Indian journal of veterinary science and animal husbandry - Volume 10,
Year: 1940
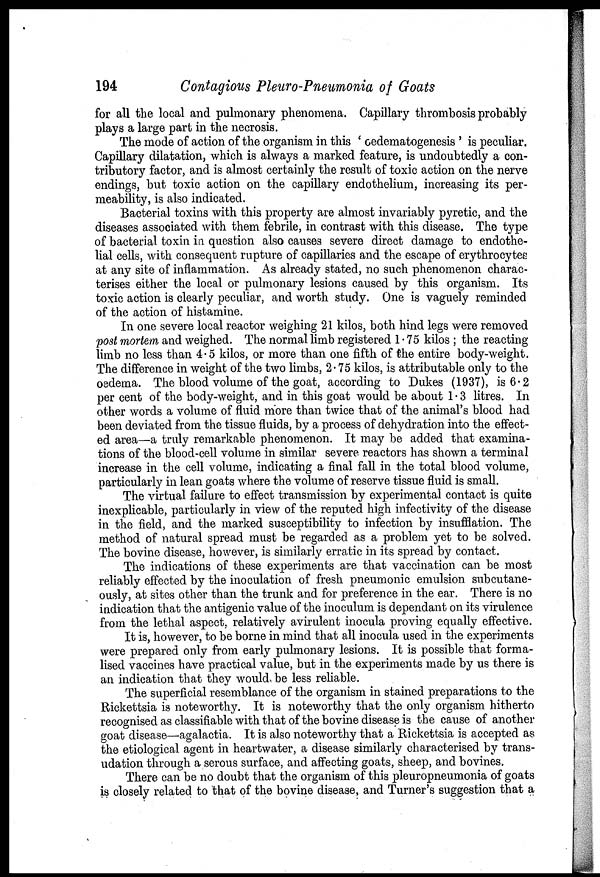
194
Contagious Pleuro-Pneumonia of Goats
for all the local and pulmonary phenomena. Capillary thrombosis probably
plays a large part in the necrosis.
The mode of action of the organism in this ' oedematogenesis ' is peculiar.
Capillary dilatation, which is always a marked feature, is undoubtedly a con-
tributory factor, and is almost certainly the result of toxic action on the nerve
endings, but toxic action on the capillary endothelium, increasing its per-
meability, is also indicated.
Bacterial toxins with this property are almost invariably pyretic, and the
diseases associated with them febrile, in contrast with this disease. The type
of bacterial toxin in question also causes severe direct damage to endothe-
lial cells, with consequent rupture of capillaries and the escape of erythrocytes
at any site of inflammation. As already stated, no such phenomenon charac-
terises either the local or pulmonary lesions caused by this organism. Its
toxic action is clearly peculiar, and worth study. One is vaguely reminded
of the action of histamine.
In one severe local reactor weighing 21 kilos, both hind legs were removed
post mortem and weighed. The normal limb registered 1.75 kilos ; the reacting
limb no less than 4.5 kilos, or more than one fifth of the entire body-weight.
The difference in weight of the two limbs, 2.75 kilos, is attributable only to the
oedema. The blood volume of the goat, according to Dukes (1937), is 6.2
per cent of the body-weight, and in this goat would be about 1.3 litres. In
other words a volume of fluid more than twice that of the animal's blood had
been deviated from the tissue fluids, by a process of dehydration into the effect-
ed area—a truly remarkable phenomenon. It may be added that examina-
tions of the blood-cell volume in similar severe reactors has shown a terminal
increase in the cell volume, indicating a final fall in the total blood volume,
particularly in lean goats where the volume of reserve tissue fluid is small.
The virtual failure to effect transmission by experimental contact is quite
inexplicable, particularly in view of the reputed high infectivity of the disease
in the field, and the marked susceptibility to infection by insufflation. The
method of natural spread must be regarded as a problem yet to be solved.
The bovine disease, however, is similarly erratic in its spread by contact.
The indications of these experiments are that vaccination can be most
reliably effected by the inoculation of fresh pneumonic emulsion subcutane-
ously, at sites other than the trunk and for preference in the ear. There is no
indication that the antigenic value of the inoculum is dependant on its virulence
from the lethal aspect, relatively avirulent inocula proving equally effective.
It is, however, to be borne in mind that all inocula used in the experiments
were prepared only from early pulmonary lesions. It is possible that forma-
lised vaccines have practical value, but in the experiments made by us there is
an indication that they would be less reliable.
The superficial resemblance of the organism in stained preparations to the
Rickettsia is noteworthy. It is noteworthy that the only organism hitherto
recognised as classifiable with that of the bovine disease is the cause of another
goat disease—agalactia. It is also noteworthy that a Rickettsia is accepted as
the etiological agent in heartwater, a disease similarly characterised by trans-
udation through a serous surface, and affecting goats, sheep, and bovines.
There can be no doubt that the organism of this pleuropneumonia of goats
is closely related to that of the bovine disease, and Turner's suggestion that a